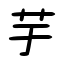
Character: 芋